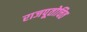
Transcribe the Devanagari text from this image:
राजपूतोचित